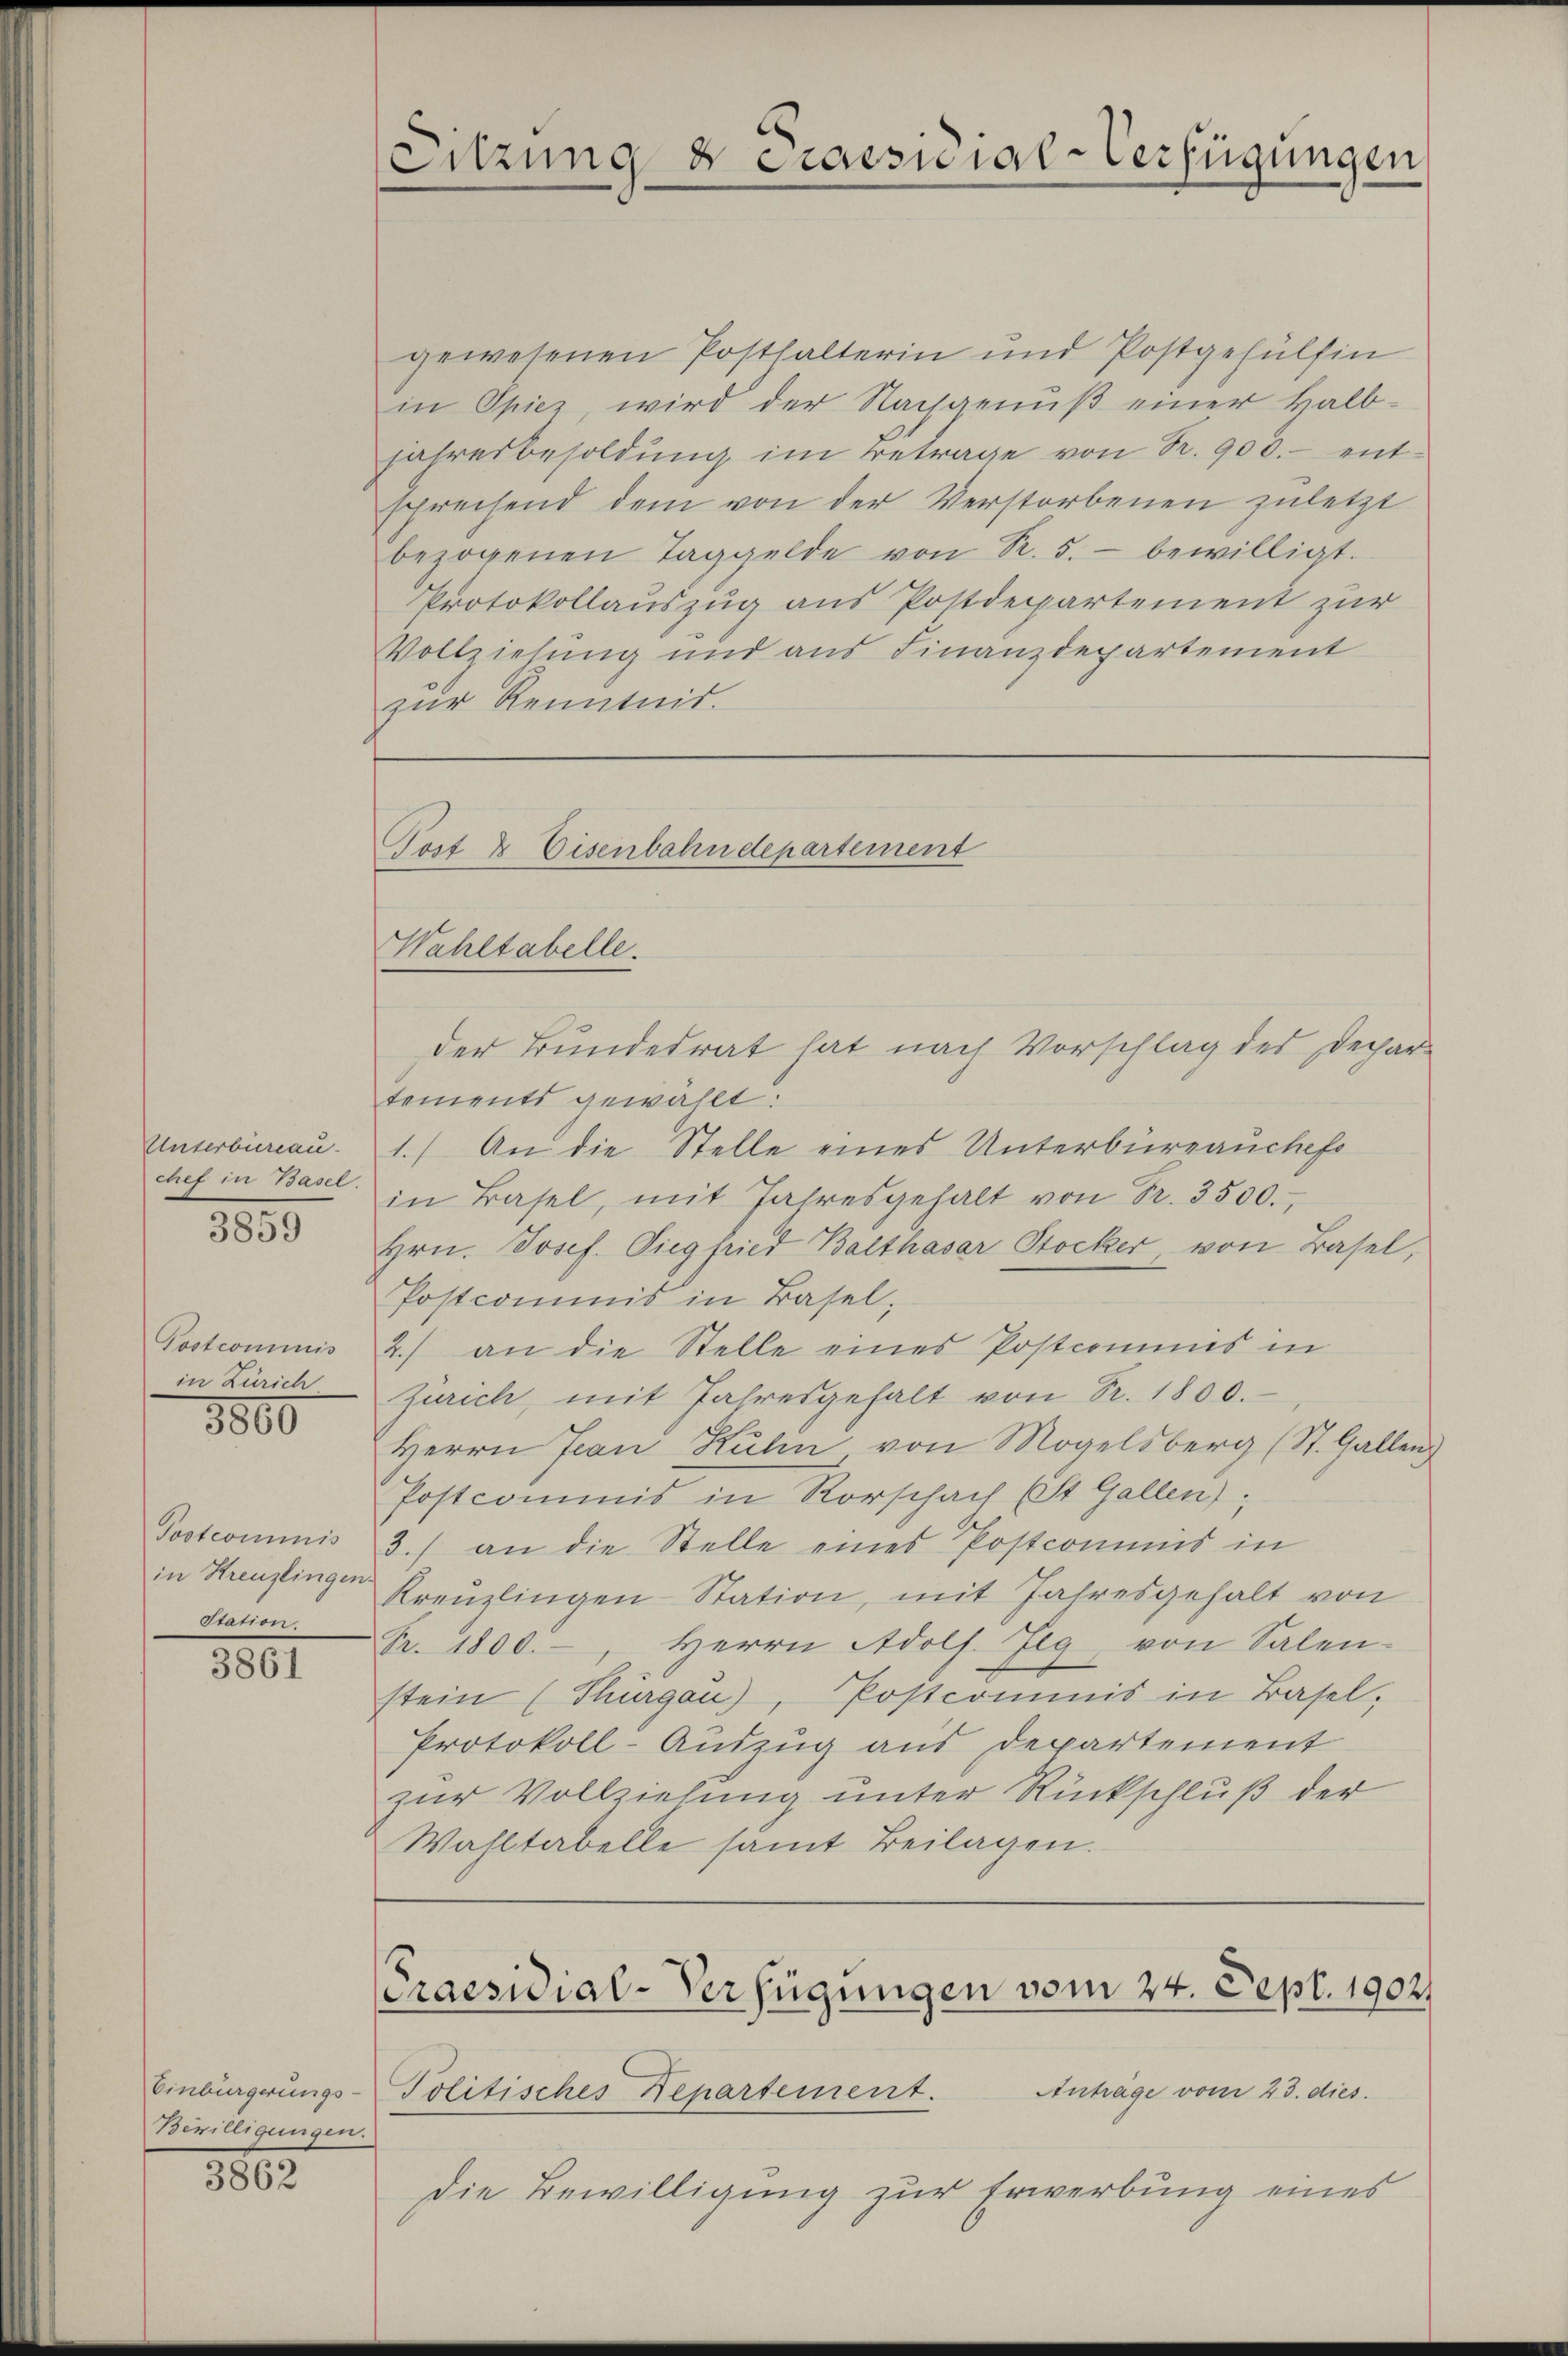
Unterbiereau-
chef in Basel.
1889

Postcommis
in Zürich
3800

Postcommis
Station

3861

gewesenen Posthalterin und Postgehülfin
in Spiez, wird der Nachgenŭβ einer Halb-
jahresbesoldung im Betrage von Fr. 900.- entsprechend dem von der Verstorbenen zuletzt
bezogenen Taggelde von R. 5.- bewilligt.
Protokollauszug aus Postdepartement zur
Vollziehung und aus Finanzdepartement
zur Kenntnis.

Einbürgerungs-
Bewilligungen.

3862

Sitzung 8 Praesidial-Verfügungen

Post & Eisenbahndepartement
Wahltabelle.

tements gewählt:
1.) An die Stelle eines Unterbüreauchef
in Basel, mit Jahresgehalt von Fr. 3500.
Hrn. Josef. Siegfried Balthasar Stocker von Basel,
Postcommis in Basel,
2.) an die Stelle eines Postcommis in
Zürich, mit Jahresgehalt von Fr. 1800.
Herrn Jean Kuhn von Mogelsberg (St. Gallen.
Postcommis in Rorschach St. Gallen);
3.) an die Stelle eines Postcommis in
in Kreuzlinger Kreuzlingen Station, mit Jahresgehalt von
Fr. 1800.-, Herrn Adolf. Zug von Salen-
stein (Thurgau), Postcommis in Basel,
Protokoll-Auszug aus Departement
zur Vollziehung unter Rückschluß der
Wahltabelle samt Beilagen.

der Bundesrat hat nach Vorschlag des Dechar

Praesidial-Verfügungen vom 24. Sept. 1902.

Anträge vom 23. dies
Politisches Departement.
Die Bewilligung zur Erwerbung eines